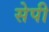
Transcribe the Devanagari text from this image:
सेपी